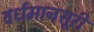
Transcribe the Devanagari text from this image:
वर्धमानसूरी